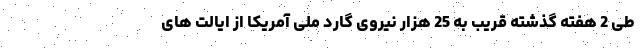
طی 2 هفته گذشته قریب به 25 هزار نیروی گارد ملی آمریکا از ایالت های